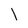
Character: I